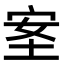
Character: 𡋅